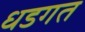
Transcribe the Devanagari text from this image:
धडगत